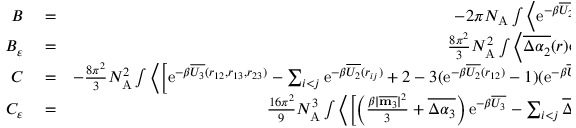
\begin{array} { r l r } { B } & { { } = } & { - 2 \pi N _ { \mathrm { A } } \int \left\langle \mathrm { e } ^ { - \beta \overline { { U _ { 2 } } } ( r _ { 1 2 } ) } - 1 \right\rangle r _ { 1 2 } ^ { 2 } ~ \mathrm { d } r _ { 1 2 } } \\ { B _ { \varepsilon } } & { { } = } & { \frac { 8 \pi ^ { 2 } } { 3 } N _ { \mathrm { A } } ^ { 2 } \int \left\langle \overline { { \Delta \alpha _ { 2 } } } ( r ) \mathrm { e } ^ { - \beta \overline { { U _ { 2 } } } ( r _ { 1 2 } ) } \right\rangle r _ { 1 2 } ^ { 2 } \mathrm { d } r _ { 1 2 } } \\ { C } & { { } = } & { - \frac { 8 \pi ^ { 2 } } { 3 } N _ { \mathrm { A } } ^ { 2 } \int \left\langle \left[ \mathrm { e } ^ { - \beta \overline { { U _ { 3 } } } ( r _ { 1 2 } , r _ { 1 3 } , r _ { 2 3 } ) } - \sum _ { i < j } \mathrm { e } ^ { - \beta \overline { { U _ { 2 } } } ( r _ { i j } ) } + 2 - 3 ( \mathrm { e } ^ { - \beta \overline { { U _ { 2 } } } ( r _ { 1 2 } ) } - 1 ) ( \mathrm { e } ^ { - \beta \overline { { U _ { 2 } } } ( r _ { 1 3 } ) } - 1 ) \right] \right\rangle ~ \mathrm { d } \Omega _ { 3 } } \\ { C _ { \varepsilon } } & { { } = } & { \frac { 1 6 \pi ^ { 2 } } { 9 } N _ { \mathrm { A } } ^ { 3 } \int \left\langle \left[ \left( \frac { \beta | \overline { { \mathbf { m } _ { 3 } } } | ^ { 2 } } { 3 } + \overline { { \Delta \alpha _ { 3 } } } \right) \mathrm { e } ^ { - \beta \overline { { U _ { 3 } } } } - \sum _ { i < j } \overline { { \Delta \alpha _ { 2 } } } ( r _ { i j } ) \mathrm { e } ^ { - \beta \overline { { U _ { 2 } } } ( r _ { i j } ) } - \right. \right. } \end{array}